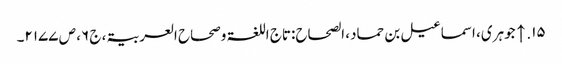
۱۵. ↑ جوہری، اسماعیل بن حماد، الصحاح:تاج اللغۃ وصحاح العربیۃ، ج ۶، ص ۲۱۷۷۔